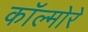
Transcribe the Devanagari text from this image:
कॉल्मोरे